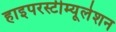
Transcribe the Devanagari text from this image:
हाइपरस्टीम्यूलेशन